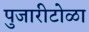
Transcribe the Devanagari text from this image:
पुजारीटोळा